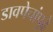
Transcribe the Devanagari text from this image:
डावपेचांपुढे